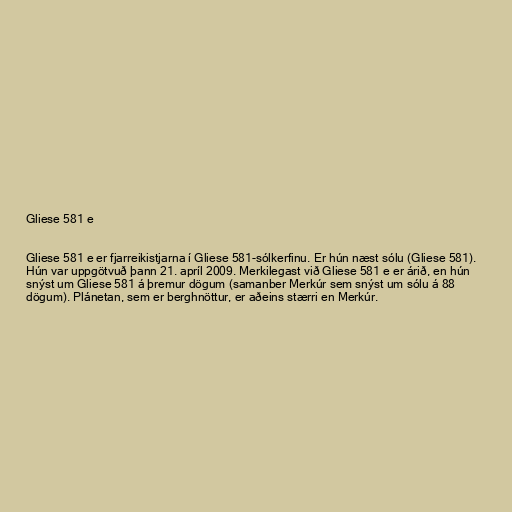
Gliese 581 e

Gliese 581 e er fjarreikistjarna í Gliese 581-sólkerfinu. Er hún næst sólu (Gliese 581).
Hún var uppgötvuð þann 21. apríl 2009. Merkilegast við Gliese 581 e er árið, en hún
snýst um Gliese 581 á þremur dögum (samanber Merkúr sem snýst um sólu á 88
dögum). Plánetan, sem er berghnöttur, er aðeins stærri en Merkúr.